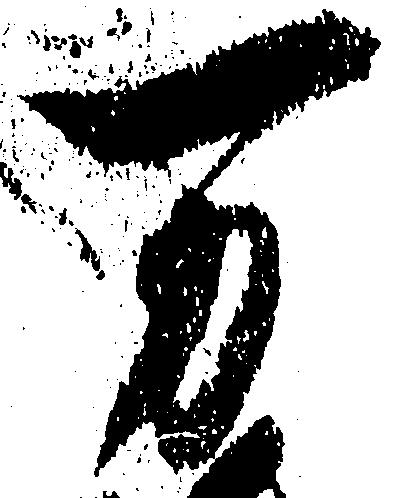
万